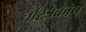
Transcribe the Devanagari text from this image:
चरित्रकोष